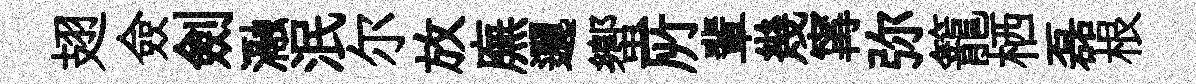
翅僉劍瀜泯尔放廡邐蠁𠩄輩幾𡩋弥籠栖磊根